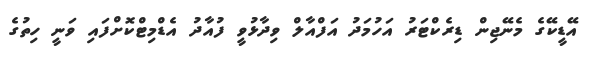
އޭޑީކޭގެ މެނޭޖިން ޑިރެކްޓަރު އަހުމަދު އަފްއާލް ވިދާޅުވީ ފުއާދު އެޑްމިޓްކޮށްފައި ވަނީ ހިތުގެ